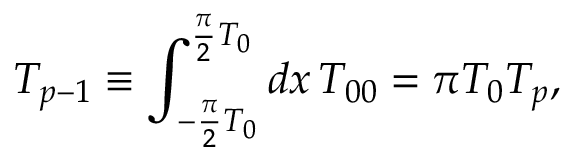
T _ { p - 1 } \equiv \int _ { - \frac { \pi } { 2 } T _ { 0 } } ^ { \frac { \pi } { 2 } T _ { 0 } } d x \, T _ { 0 0 } = \pi T _ { 0 } T _ { p } ,